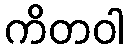
ကိတဝါ